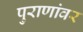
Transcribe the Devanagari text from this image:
पुराणांवर